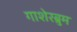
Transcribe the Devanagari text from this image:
गाशेरब्रुम